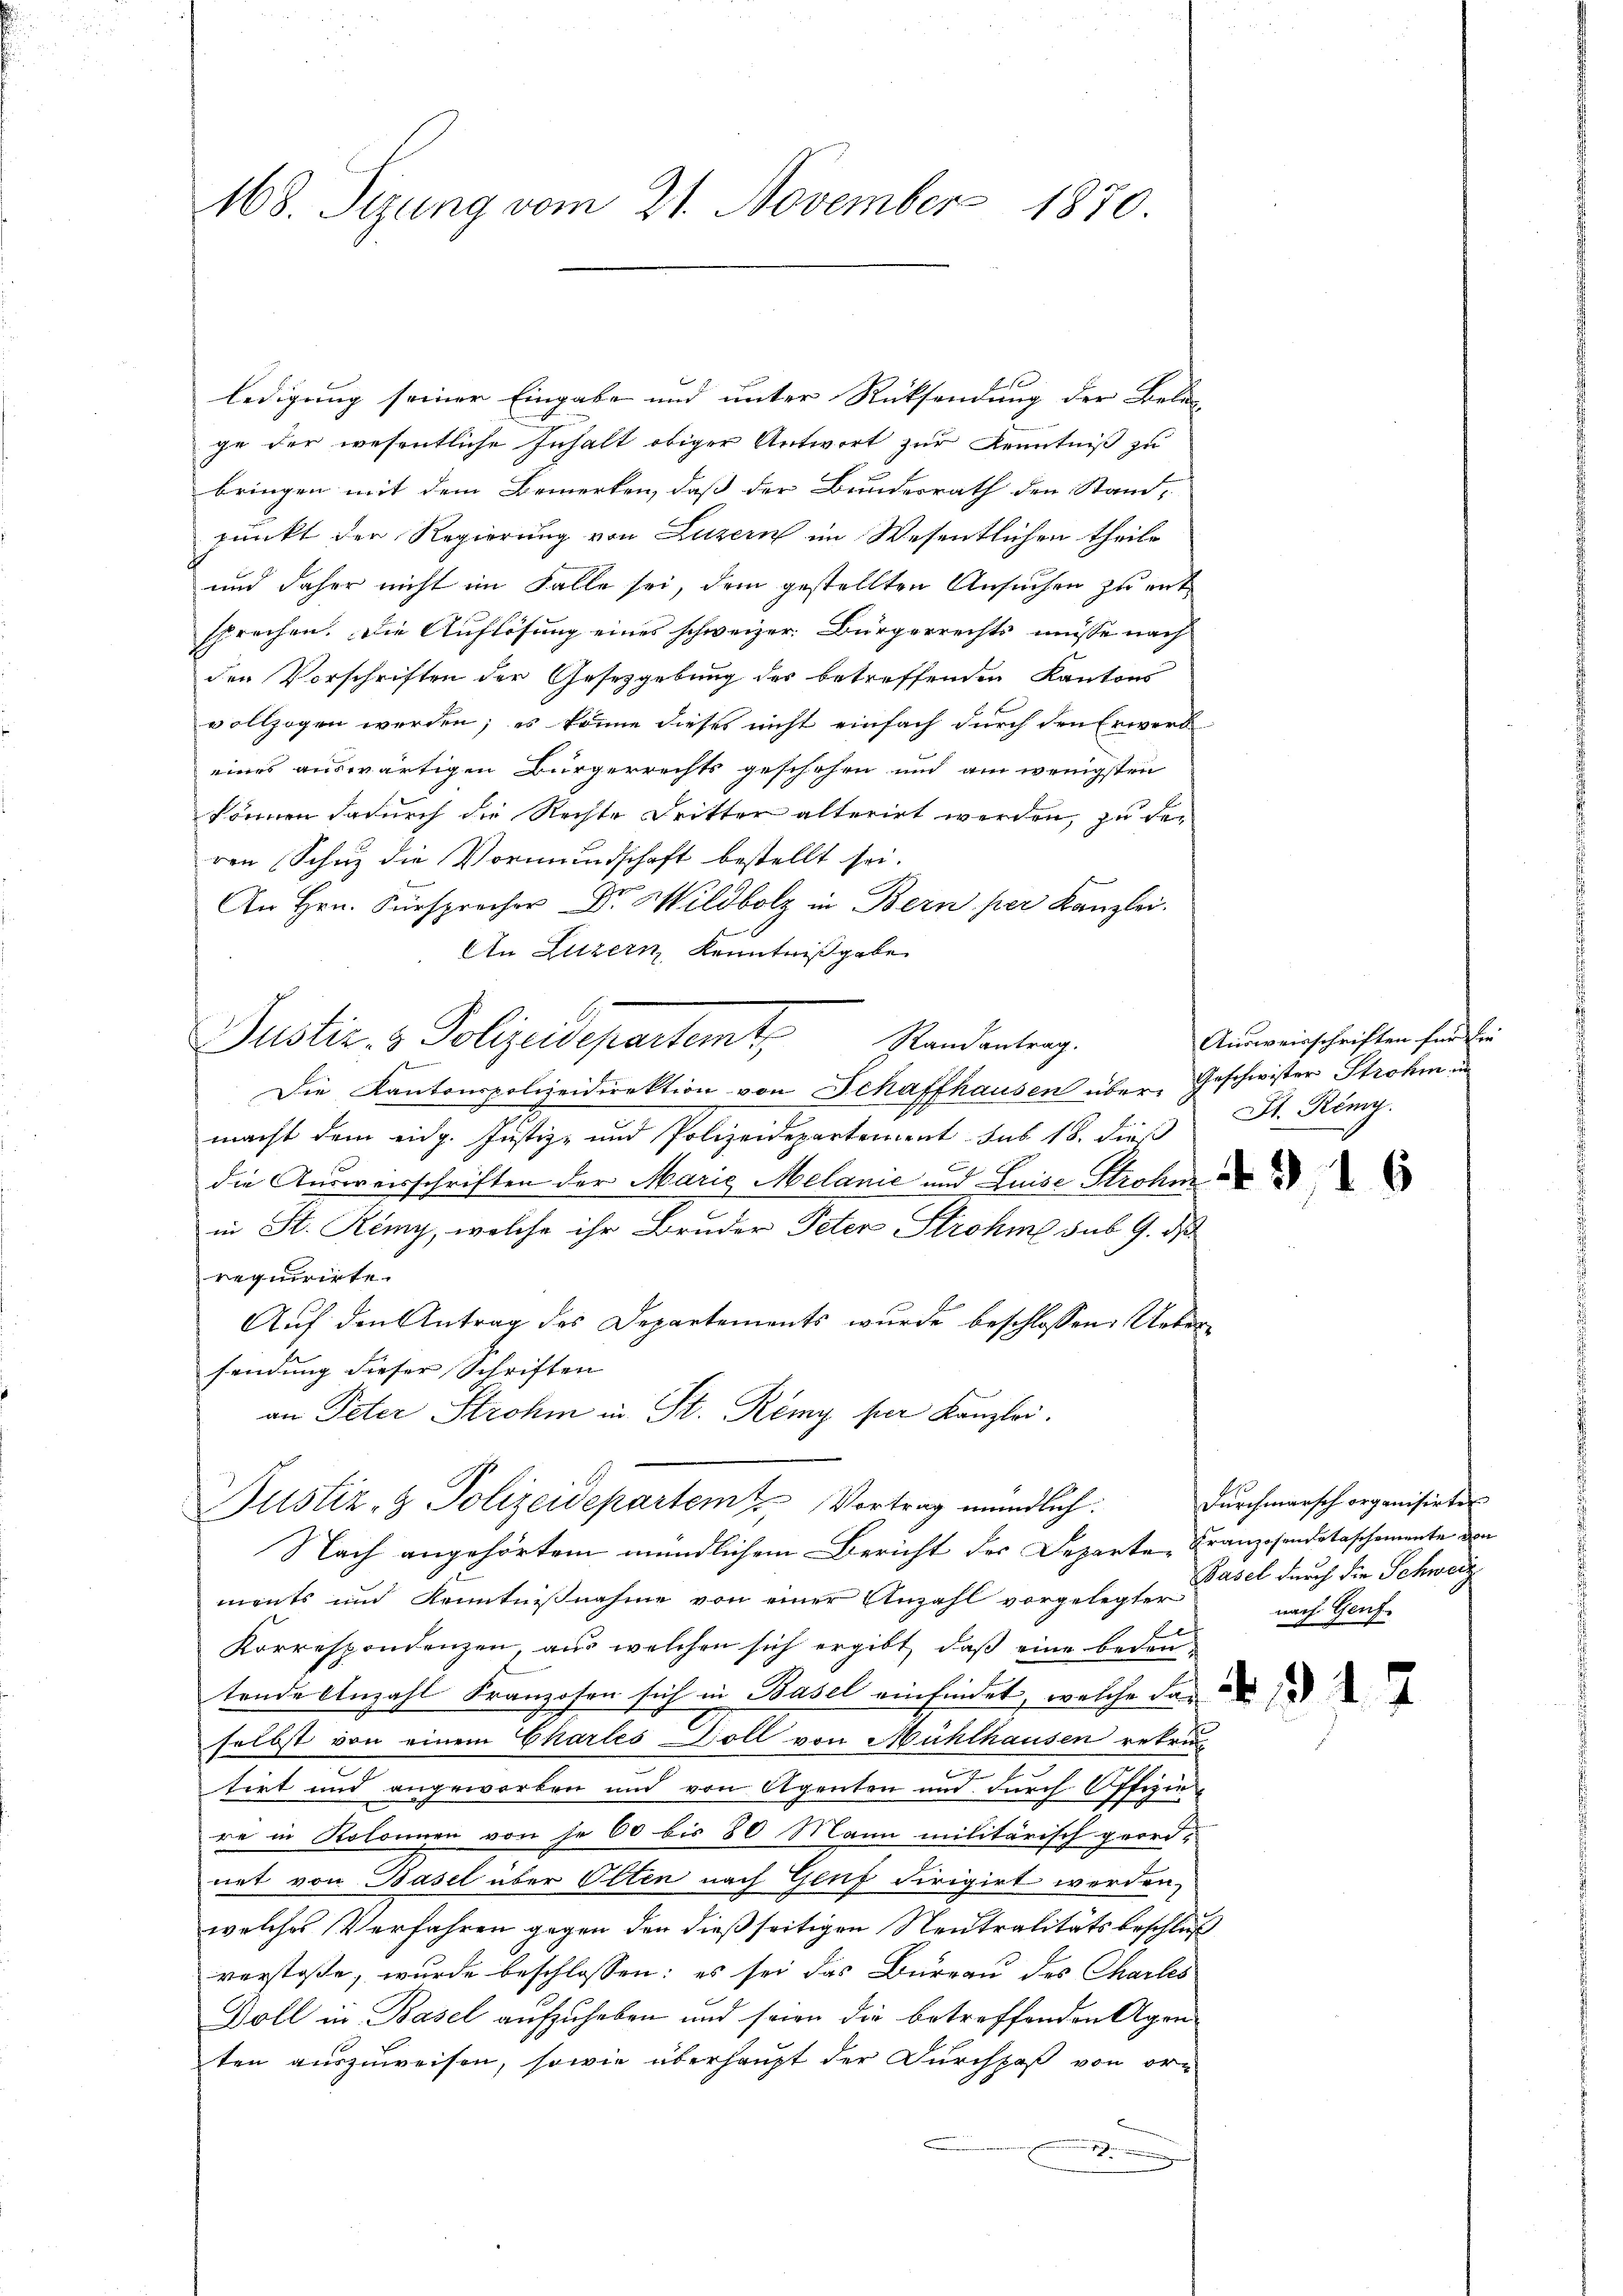
168. Sizung vom 21. November 1870

ledigung seiner Eingabe und unter Rücksendung der Bela
ge der wesentliche Inhalt obiger Antwort zur Kenntniß zu
bringen mit dem Bemerken, daß der Bundesrath den Stand-
punkt der Regierung von Luzern im Wesentlichen theile
und daher nicht im Falle sei, dem gestellten Ansuchen zu ent
sprechen. Die Auflösung eines schweizer. Bürgerrechts müsse nach
den Vorschriften der Gesetzgebung des betreffenden Kantons
vollzogen werden; es könne dieses nicht einfach durch den Erwerb
eines auswärtigen Bürgerrechts geschehen und am wenigsten
können dadurch die Rechte Dritter alterirt werden, zu der
ren Schuz die Vormundschaft bestellt sei.
An Hrn. Fürsprocher Dr. Wildbolz in Bern per Kanzlei.
An Luzern, Kenntnißgabe
Puster- & Polizeidepartemt. Standentrag.
f
Die Kantonspolizeidirektion von Schaffhausen über Geschwister Strohm in
macht dem eidg. Justiz- und Polizeidepartement sub 18. dieß
die Ausweisschriften der Maria Melanić und Luise Strohme
in St. Renny, welche ihr Bruder Peter Strohme sub 9. ds
requirirte.
Auf den Antrag des Departements wurde beschlossen: Uebersendung dieser Schriften
an Peter Strohm in St. Remy per Kanzlei.
Justiz- & Polizeidepartem Vortrag mündlich.
Nach angehörtem mündlichem Bericht des Departe Franzosendetaschemente von
ments und Kenntnißnahme von einer Anzahl vorgelegter
Korrespondenzen, aus welchen sich ergibt, daβ eine bedeu-
tende Anzahl Franzosen sich in Basel einfindet, welche daselbst von einem Charles Doll von Mühlhausen rekrut

tirt und angeworben und von Agenten und durch Offizie
re in Kolonnen von je 60 bis 80 Mann militärisch geordnet von Basel über Olten nach Genz dirigirt werden,
welches Verfahren gegen den dießseitigen Neutralitätsbeschluß
verstoße, wurde beschlossen: es sei das Bureau des Charles
Doll in Basel aufzuheben und seien die betreffenden Agen
ten auszuweisen, sowie überhaupt der Durchpaß von or¬

Ausweisschriften für die
St. Remy.

.

Durchmarsch organisirten
Basel durch die Schweiz
nach Genf.

2